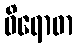
ဝိရောဓာ